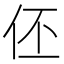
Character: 伾